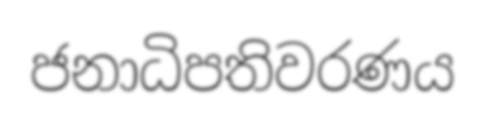
ජනාධිපතිවරණය